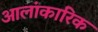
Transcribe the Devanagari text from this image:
आलांकारिक